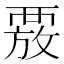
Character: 𮗄